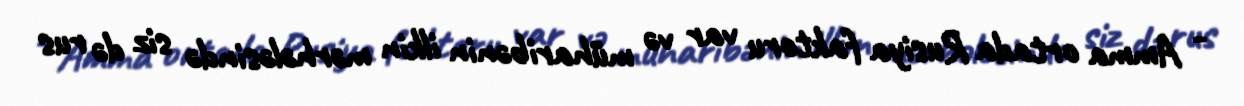
- Amma ortada Rusiya faktoru var və müharibənin ilkin mərhələsində siz də rus